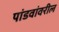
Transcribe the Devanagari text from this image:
पांडवांवरील